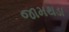
જામથડા